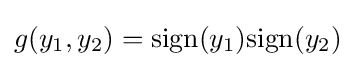
g(y_{1},y_{2})={\text{sign}}(y_{1}){\text{sign}}(y_{2})